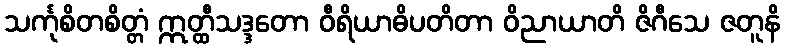
သင်္ကုစိတစိတ္တံ ဣတ္ထီသဒ္ဒတော ဝီရိယာဓိပတိတာ ဝိညာယာတိ ဇိဂီသေ ဇတူနိ